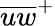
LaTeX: {\overline{{{u}{w}}}}^{+}